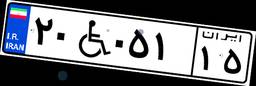
۲۷W۹۴۵۲۵